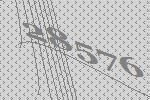
28576